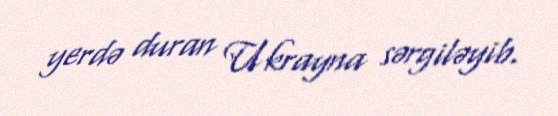
yerdə duran Ukrayna sərgiləyib.